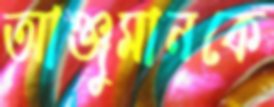
আঞ্জুমানকে